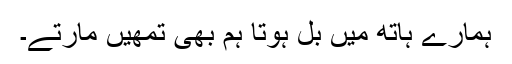
ہمارے ہاتھ میں بل ہوتا ہم بھی تمھیں مارتے۔